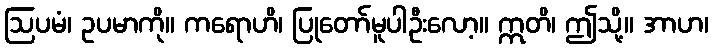
ဩပမံ၊ ဥပမာကို။ ကရောဟိ၊ ပြုတော်မူပါဦးလော့။ ဣတိ၊ ဤသို့။ အာဟ၊